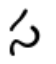
స